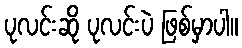
ပုလင်းဆို ပုလင်းပဲ ဖြစ်မှာပါ။